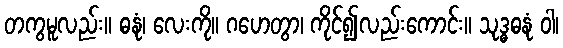
တကွမူလည်း။ ဓနုံ၊ လေးကို။ ဂဟေတွာ၊ ကိုင်၍လည်းကောင်း။ သုဒ္ဓဓနုံ ဝါ၊